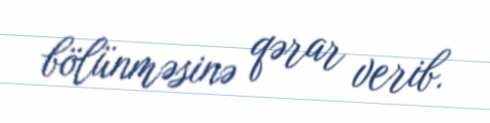
bölünməsinə qərar verib.